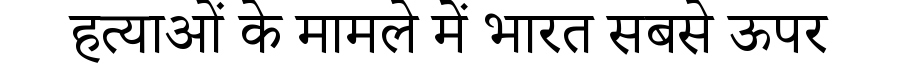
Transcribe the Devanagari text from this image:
हत्याओं के मामले में भारत सबसे ऊपर